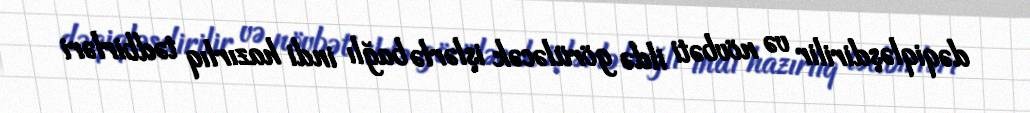
dəqiqləşdirilir və növbəti ildə görüləcək işlərlə bağlı indi hazırlıq tədbirləri